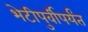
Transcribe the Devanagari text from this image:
भेटीपुर्वीपर्यंत